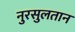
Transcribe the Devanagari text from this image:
नुरसुलतान